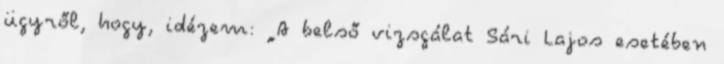
ügyről, hogy, idézem: „A belső vizsgálat Sári Lajos esetében